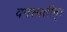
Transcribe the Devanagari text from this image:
वनस्पतीन्।